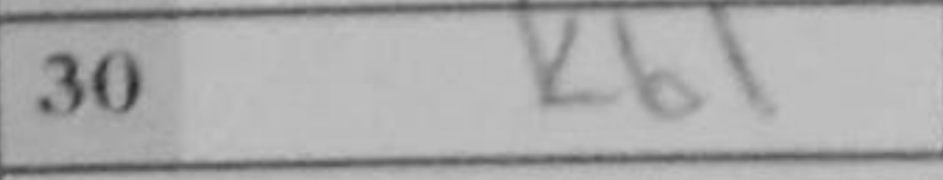
Transcription: Kb1